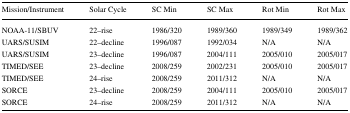
| Mission/Instrument | Solar Cycle | SC Min | SC Max | Rot Min | Rot Max |
 | --- | --- | --- | --- | --- | --- |
 | NOAA-11/SBUV | 22–rise | 1986/320 | 1989/360 | 1989/349 | 1989/362 |
 | UARS/SUSIM | 22–decline | 1996/087 | 1992/034 | N/A | N/A |
 | UARS/SUSIM | 23–decline | 1996/087 | 2004/111 | 2005/010 | 2005/017 |
 | TIMED/SEE | 23–decline | 2008/259 | 2002/231 | 2005/010 | 2005/017 |
 | TIMED/SEE | 24–rise | 2008/259 | 2011/312 | N/A | N/A |
 | SORCE | 23–decline | 2008/259 | 2004/111 | 2005/010 | 2005/017 |
 | SORCE | 24–rise | 2008/259 | 2011/312 | N/A | N/A |